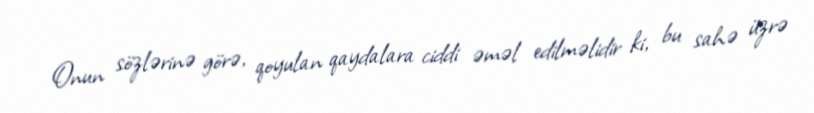
Onun sözlərinə görə, qoyulan qaydalara ciddi əməl edilməlidir ki, bu sahə üzrə